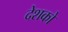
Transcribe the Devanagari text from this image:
देशको